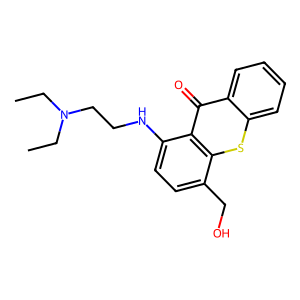
SMILES: CCN(CC)CCNc1ccc(CO)c2sc3ccccc3c(=O)c12
Inhibits HIV replication: No